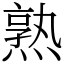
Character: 熟